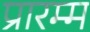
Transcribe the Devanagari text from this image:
प्रारम्म